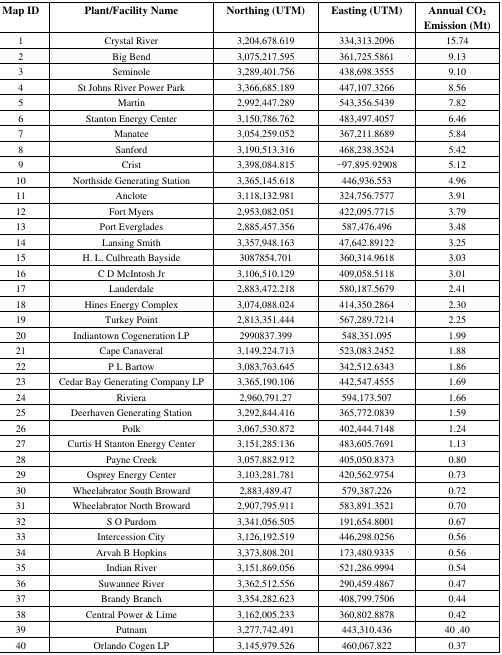
<table><thead><tr><td><b>Map ID</b></td><td><b>Plant/Facility Name</b></td><td><b>Northing (UTM)</b></td><td><b>Easting (UTM)</b></td><td><b>Annual CO<sub>2</sub> Emission (Mt)</b></td></tr></thead><tbody><tr><td>1</td><td>Crystal River</td><td>3,204,678.619</td><td>334,313.2096</td><td>15.74</td></tr><tr><td>2</td><td>Big Bend</td><td>3,075,217.595</td><td>361,725.5861</td><td>9.13</td></tr><tr><td>3</td><td>Seminole</td><td>3,289,401.756</td><td>438,698.3555</td><td>9.10</td></tr><tr><td>4</td><td>St Johns River Power Park</td><td>3,366,685.189</td><td>447,107.3266</td><td>8.56</td></tr><tr><td>5</td><td>Martin</td><td>2,992,447.289</td><td>543,356.5439</td><td>7.82</td></tr><tr><td>6</td><td>Stanton Energy Center</td><td>3,150,786.762</td><td>483,497.4057</td><td>6.46</td></tr><tr><td>7</td><td>Manatee</td><td>3,054,259.052</td><td>367,211.8689</td><td>5.84</td></tr><tr><td>8</td><td>Sanford</td><td>3,190,513.316</td><td>468,238.3524</td><td>5.42</td></tr><tr><td>9</td><td>Crist</td><td>3,398,084.815</td><td>–97,895.92908</td><td>5.12</td></tr><tr><td>10</td><td>Northside Generating Station</td><td>3,365,145.618</td><td>446,936.553</td><td>4.96</td></tr><tr><td>11</td><td>Anclote</td><td>3,118,132.981</td><td>324,756.7577</td><td>3.91</td></tr><tr><td>12</td><td>Fort Myers</td><td>2,953,082.051</td><td>422,095.7715</td><td>3.79</td></tr><tr><td>13</td><td>Port Everglades</td><td>2,885,457.356</td><td>587,476.496</td><td>3.48</td></tr><tr><td>14</td><td>Lansing Smith</td><td>3,357,948.163</td><td>47,642.89122</td><td>3.25</td></tr><tr><td>15</td><td>H. L. Culbreath Bayside</td><td>3087854.701</td><td>360,314.9618</td><td>3.03</td></tr><tr><td>16</td><td>C D McIntosh Jr</td><td>3,106,510.129</td><td>409,058.5118</td><td>3.01</td></tr><tr><td>17</td><td>Lauderdale</td><td>2,883,472.218</td><td>580,187.5679</td><td>2.41</td></tr><tr><td>18</td><td>Hines Energy Complex</td><td>3,074,088.024</td><td>414,350.2864</td><td>2.30</td></tr><tr><td>19</td><td>Turkey Point</td><td>2,813,351.444</td><td>567,289.7214</td><td>2.25</td></tr><tr><td>20</td><td>Indiantown Cogeneration LP</td><td>2990837.399</td><td>548,351.095</td><td>1.99</td></tr><tr><td>21</td><td>Cape Canaveral</td><td>3,149,224.713</td><td>523,083.2452</td><td>1.88</td></tr><tr><td>22</td><td>P L Bartow</td><td>3,083,763.645</td><td>342,512.6343</td><td>1.86</td></tr><tr><td>23</td><td>Cedar Bay Generating Company LP</td><td>3,365,190.106</td><td>442,547.4555</td><td>1.69</td></tr><tr><td>24</td><td>Riviera</td><td>2,960,791.27</td><td>594,173.507</td><td>1.66</td></tr><tr><td>25</td><td>Deerhaven Generating Station</td><td>3,292,844.416</td><td>365,772.0839</td><td>1.59</td></tr><tr><td>26</td><td>Polk</td><td>3,067,530.872</td><td>402,444.7148</td><td>1.24</td></tr><tr><td>27</td><td>Curtis H Stanton Energy Center</td><td>3,151,285.136</td><td>483,605.7691</td><td>1.13</td></tr><tr><td>28</td><td>Payne Creek</td><td>3,057,882.912</td><td>405,050.8373</td><td>0.80</td></tr><tr><td>29</td><td>Osprey Energy Center</td><td>3,103,281.781</td><td>420,562.9754</td><td>0.73</td></tr><tr><td>30</td><td>Wheelabrator South Broward</td><td>2,883,489.47</td><td>579,387.226</td><td>0.72</td></tr><tr><td>31</td><td>Wheelabrator North Broward</td><td>2,907,795.911</td><td>583,891.3521</td><td>0.70</td></tr><tr><td>32</td><td>S O Purdom</td><td>3,341,056.505</td><td>191,654.8001</td><td>0.67</td></tr><tr><td>33</td><td>Intercession City</td><td>3,126,192.519</td><td>446,298.0256</td><td>0.56</td></tr><tr><td>34</td><td>Arvah B Hopkins</td><td>3,373,808.201</td><td>173,480.9335</td><td>0.56</td></tr><tr><td>35</td><td>Indian River</td><td>3,151,869.056</td><td>521,286.9994</td><td>0.54</td></tr><tr><td>36</td><td>Suwannee River</td><td>3,362,512.556</td><td>290,459.4867</td><td>0.47</td></tr><tr><td>37</td><td>Brandy Branch</td><td>3,354,282.623</td><td>408,799.7506</td><td>0.44</td></tr><tr><td>38</td><td>Central Power &amp; Lime</td><td>3,162,005.233</td><td>360,802.8878</td><td>0.42</td></tr><tr><td>39</td><td>Putnam</td><td>3,277,742.491</td><td>443,310.436</td><td>40 .40</td></tr><tr><td>40</td><td>Orlando Cogen LP</td><td>3,145,979.526</td><td>460,067.822</td><td>0.37</td></tr></tbody></table>